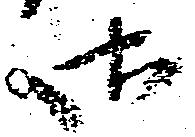
御